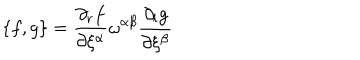
\{ f , g \} = \frac { \partial _ { r } f } { \partial \xi ^ { \alpha } } \omega ^ { \alpha \beta } \frac { \partial _ { l } g } { \partial \xi ^ { \beta } }